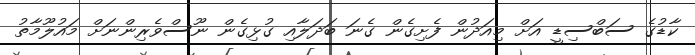
ކާޑުގެ ސަބްސިޑީ އަށް މިއަދުން ފެށިގެން ގެނަ ބަދަލާއި ގުޅިގެން ނޫސްވެރިންނަށް މައުލޫމާތު